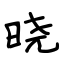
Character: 晓